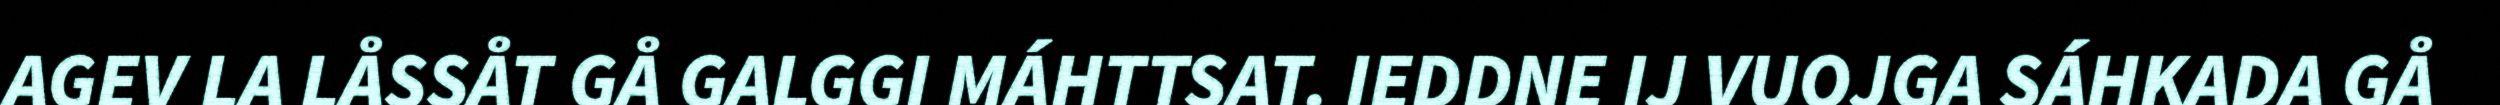
AGEV LA LÅSSÅT GÅ GALGGI MÁHTTSAT. IEDDNE IJ VUOJGA SÁHKADA GÅ